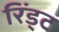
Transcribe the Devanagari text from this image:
रिंड्ट